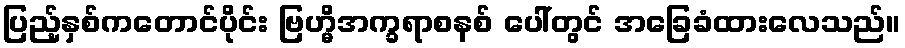
ပြည့်နှစ်ကတောင်ပိုင်း ဗြဟ္မိအက္ခရာစနစ် ပေါ်တွင် အခြေခံထားလေသည်။